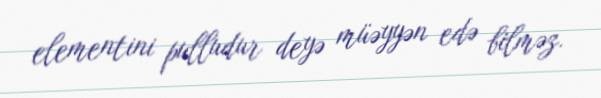
elementini pulludur deyə müəyyən edə bilməz.